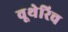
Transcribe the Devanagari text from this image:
वूथेरिच